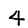
Digit: 4